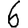
Digit: 6